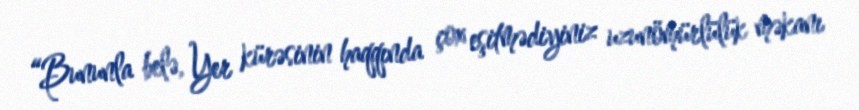
“Bununla belə, Yer kürəsinin haqqında çox eşitmədiyiniz uzunömürlülük məkanı